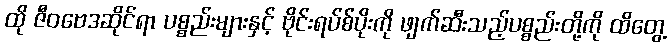
ထို ဇီဝဗေဒဆိုင်ရာ ပစ္စည်းများနှင့် ဗိုင်းရပ်စ်ပိုးကို ဖျက်ဆီးသည့်ပစ္စည်းတို့ကို ထိတွေ့